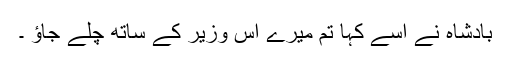
بادشاہ نے اسے کہا تم میرے اس وزیر کے ساتھ چلے جاؤ ۔